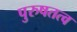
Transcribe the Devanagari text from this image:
पुरुषतत्व